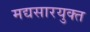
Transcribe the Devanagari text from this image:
मद्यसारयुक्त